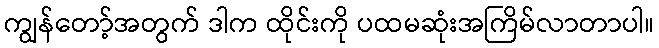
ကျွန်တော့်အတွက် ဒါက ထိုင်းကို ပထမဆုံးအကြိမ်လာတာပါ။